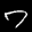
Label: 7